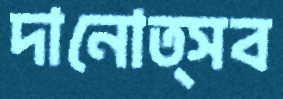
দানোত্সব